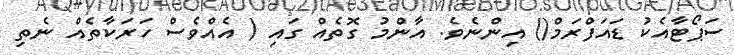
ސަޕޯޓާއެކު ޑައަފްރަމް() އިންނެވެ. އާންމު ގޮތެއް ގައި ( އެއްވެސް ހަރަކާތެއް ނެތި